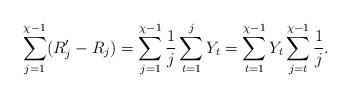
LaTeX: \begin{align*}\sum_{j=1}^{\chi-1}(R_j^\prime-R_j)=\sum_{j=1}^{\chi-1}\frac{1}{j}\sum_{t=1}^j Y_t=\sum_{t=1}^{\chi-1}Y_t\sum_{j=t}^{\chi-1}\frac{1}{j}.\end{align*}